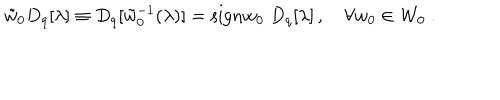
\tilde { w } _ { 0 } D _ { q } [ \lambda ] \equiv D _ { q } [ \tilde { w } _ { 0 } ^ { - 1 } ( \lambda ) ] = \mathrm { s i g n } w _ { 0 } \; D _ { q } [ \lambda ] \, , ~ \forall w _ { 0 } \in { \cal W } _ { 0 } \; .